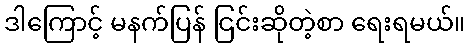
ဒါကြောင့် မနက်ပြန် ငြင်းဆိုတဲ့စာ ရေးရမယ်။